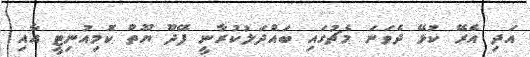
އަދި އެރޭ ކުޅޭ ދެވަނަ މެޗުގައި ބައްދަލުކުރާނީ ފޭދޫ ޔޫތް ކޮމިއުނިޓީ އާއި